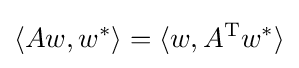
\langle Aw,w^{*}\rangle =\langle w,A^{\mathrm {T} }w^{*}\rangle